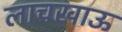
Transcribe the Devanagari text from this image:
लाचखाऊ